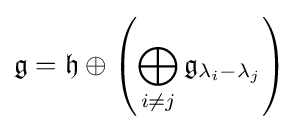
{\mathfrak {g}}={\mathfrak {h}}\oplus \left(\bigoplus _{i\neq j}{\mathfrak {g}}_{\lambda _{i}-\lambda _{j}}\right)